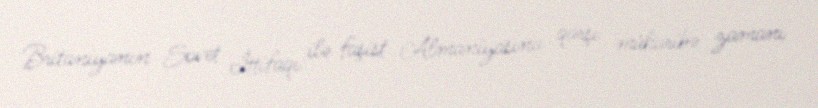
Britaniyanın Sovet İttifaqı ilə faşist Almaniyasına qarşı müharibə zamanı